Vaccination Hyderabad 1890-1903 - 1890-1903
Year: 1890
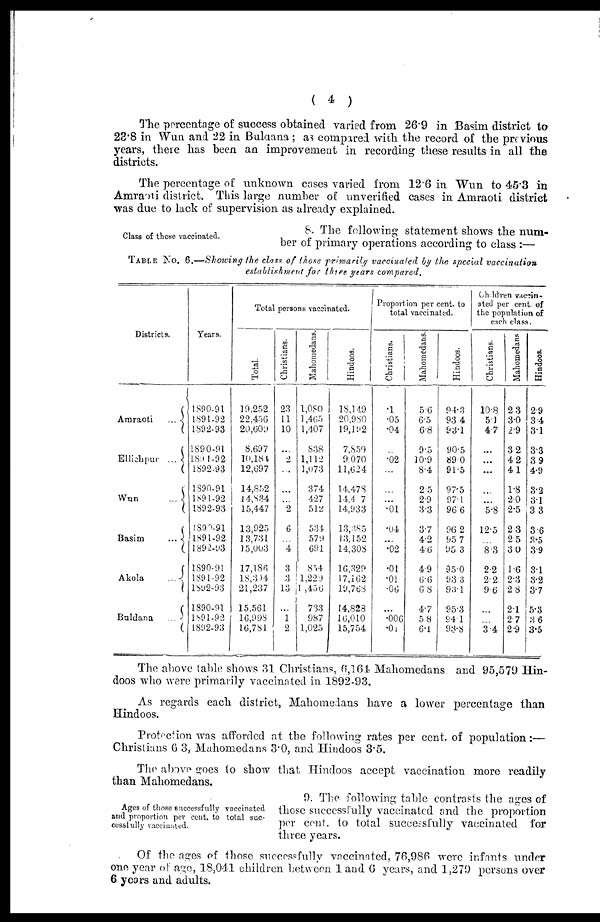
( 4 )
The percentage of success obtained varied from 26.9 in Basim district to
23.8 in Wun and 22 in Buldana; as compared with the record of the previous
years, there has been an improvement in recording these results in all the
districts.
The percentage of unknown cases varied from 12.6 in Wun to 45.3 in
Amraoti district. This large number of unverified cases in Amraoti district
was due to lack of supervision as already explained.
Class of those vaccinated.
8. The following statement shows the num-
ber of primary operations according to class :—
TABLE No. 6.—Showing the class of those primarily vaccinated by the special
vaccination
establishment for three years compared.
Districts.
Amraoti
...
Ellichpur ...
Wun
...
Basim
...
Akola
...
Buldana
...
Years.
1890-91
1891-92
1892-93
1890-91
1891-92
1892-93
1890-91
1891-92
1892-93
1890-91
1891-92
1892-93
1890-91
1891-92
1892-93
1890-91
1891-92
1892-93
Total persons vaccinated.
Total.
19,252
22,456
20,609
8,697
10,184
12,697
14,852
14,834
15,447
13,925
13,731
15,003
17,186
18,304
21,237
15,561
16,998
16,781
Christians.
23
11
10
...
2
...
...
...
2
6
...
4
3
3
13
...
1
2
Mahomedans.
1,080
1,465
1,407
838
1,112
1,073
374
427
512
534
579
691
854
1,229
l ,456
733
987
1,025
Hindoos.
18,149
20,980
19,192
7,859
9,070
11,624
14,478
14,4 7
14,933
13,385
13,152
14,308
16,329
17,162
19,768
14,823
16,010
15,754
Proportion per cent. to
total vaccinated.
Christians.
.1
.05
.04
...
.02
...
...
...
.01
.04
...
.02
.01
.01
.06
...
.006
.01
Mahomedans.
5.6
6.5
6.8
9.5
10.9
8.4
2.5
2.9
3.3
3.7
4.2
4.6
49
6.6
6.8
4.7
58
6.1
Hindoos.
94.3
93.4
93.1
90.5
89.0
91.5
97.5
97.1
96.6
96.2
95.7
95.3
95.0
93.3
93.1
95.3
94.1
93.8
Children vaccin-
ated per cent. of
the population of
each class.
Christians.
10.8
5.1
4.7
...
...
...
...
...
5.8
12.5
...
8.3
2.2
2.2
9.6
...
...
3.4
Mahomedans.
2.3
3.0
2.9
3.2
4.2
4.1
1.8
2.0
2.5
2.3
2.5
3.0
1.6
2.3
2.8
2.1
2.7
2.9
Hindoos.
2.9
3.4
3.1
3.3
3.9
4.9
3.2
3.1
3.3
3.6
3.5
3.9
3.1
3.2
3.7
5.3
3.6
3.5
The above table shows 31 Christians, 6,164 Mahomedans and 95,579 Hin-
doos who were primarily vaccinated in 1892-93.
As regards each district, Mahomedans have a lower percentage than
Hindoos.
Protection was afforded at the following rates per cent. of population:—
Christians 6.3, Mahomedans 3.0, and Hindoos 3.5.
The above goes to show that Hindoos accept vaccination more readily
than Mahomedans.
Ages of those successfully vaccinated
and proportion per cent. to total suc-
cessfully vaccinated.
9. The following table contrasts the ages of
those successfully vaccinated and the proportion
per cent. to total successfully vaccinated for
three years.
Of the ages of those successfully vaccinated, 76,986 were infants under
one year of age, 18,041 children between 1 and 6 years, and 1,279 persons over
6 years and adults.